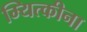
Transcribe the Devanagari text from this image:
म्यित्कीना